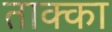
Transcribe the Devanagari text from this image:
ताक्का